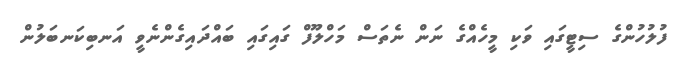
ފުލުުހުންގެ ސިޓީގައި ވަކި މީހެއްގެ ނަން ނެތަސް މަހްލޫފް ގައިގައި ބައްދައިގެންނެވީ އަނބިކަނބަލުން